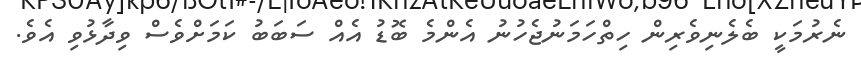
ނެރުމަކީ ބެލެނިވެރިން ހިތްހަމަނުޖެހުނު އެންމެ ބޮޑު އެއް ސަބަބު ކަމަށްވެސް ވިދާޅުވި އެވެ.